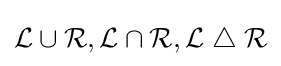
{\mathcal {L}}\cup {\mathcal {R}},{\mathcal {L}}\cap {\mathcal {R}},{\mathcal {L}}\;\triangle \;{\mathcal {R}}